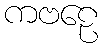
ကဗဠေ